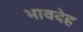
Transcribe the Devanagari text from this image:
भावदेह